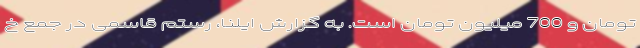
تومان و 700 میلیون تومان است. به گزارش ایلنا، رستم قاسمی در جمع خ